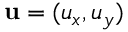
\mathbf { u } = ( u _ { x } , u _ { y } )